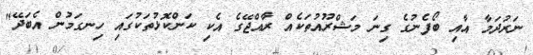
ނަރުދަމާ އާއި ބޯފެނުގެ ގިނަ މަޝްރޫއުތަކެއް ރާއްޖޭގެ އެކި ކަންކޮޅުތަކުގައި ހިނގަމުން އެބަދޭ"